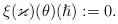
LaTeX: \begin{align*}\xi(\varkappa)(\theta)(\hslash):=0.\end{align*}